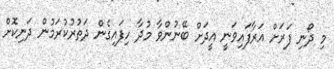
މި ދޯނި ފަރަށް އަރާފައިވަނީ އީދަށް ބޭނުންވާ މުދާ ހިފައިގެން ދަތުރުކުރަމުން ދަނިކޮށް